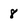
Character: 8